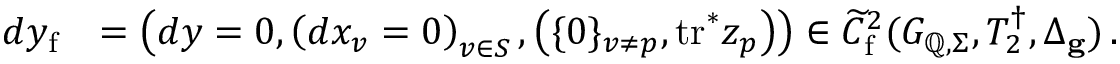
\begin{array} { r l } { d y _ { \mathrm { f } } } & { = \left( d y = 0 , \left( d x _ { v } = 0 \right) _ { v \in S } , \left( \{ 0 \} _ { v \neq p } , \mathrm { t r } ^ { * } z _ { p } \right) \right) \in \widetilde { C } _ { \mathrm { f } } ^ { 2 } ( G _ { \mathbb { Q } , \Sigma } , T _ { 2 } ^ { \dagger } , \Delta _ { \mathbf { g } } ) \, . } \end{array}